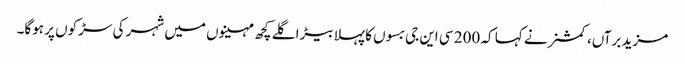
مزید برآں، کمشنر نے کہا کہ 200 سی این جی بسوں کا پہلا بیڑا گلے کچھ مہینوں میں شہر کی سڑکوں پر ہوگا۔